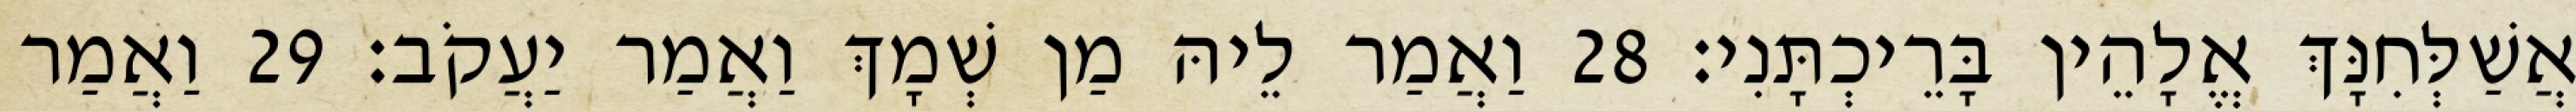
אֲשַׁלְּחִנָּךְ אֱלָהֵין בָּרֵיכְתָּנִי׃ 28 וַאֲמַר לֵיהּ מַן שְׁמָךְ וַאֲמַר יַעֲקֹב׃ 29 וַאֲמַר